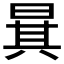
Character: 𣇳